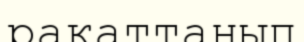
рақаттанып